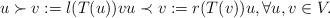
LaTeX: \begin{align*} u \succ v := l(T(u)) v u \prec v := r(T(v)) u, \forall u, v \in V. \end{align*}